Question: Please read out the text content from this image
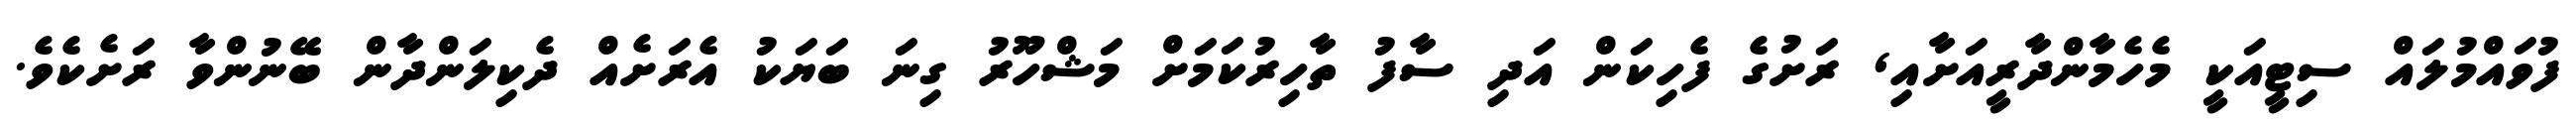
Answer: ފުވައްމުލައް ސިޓީއަކީ މެހެމާންދާރީއަށާއި, ރަށުގެ ފެހިކަން އަދި ސާފު ތާހިރުކަމަށް މަޝްހޫރު ގިނަ ބަޔަކު އެރަށެއް ދެކިލަންދާން ބޭނުންވާ ރަށެކެވެ.